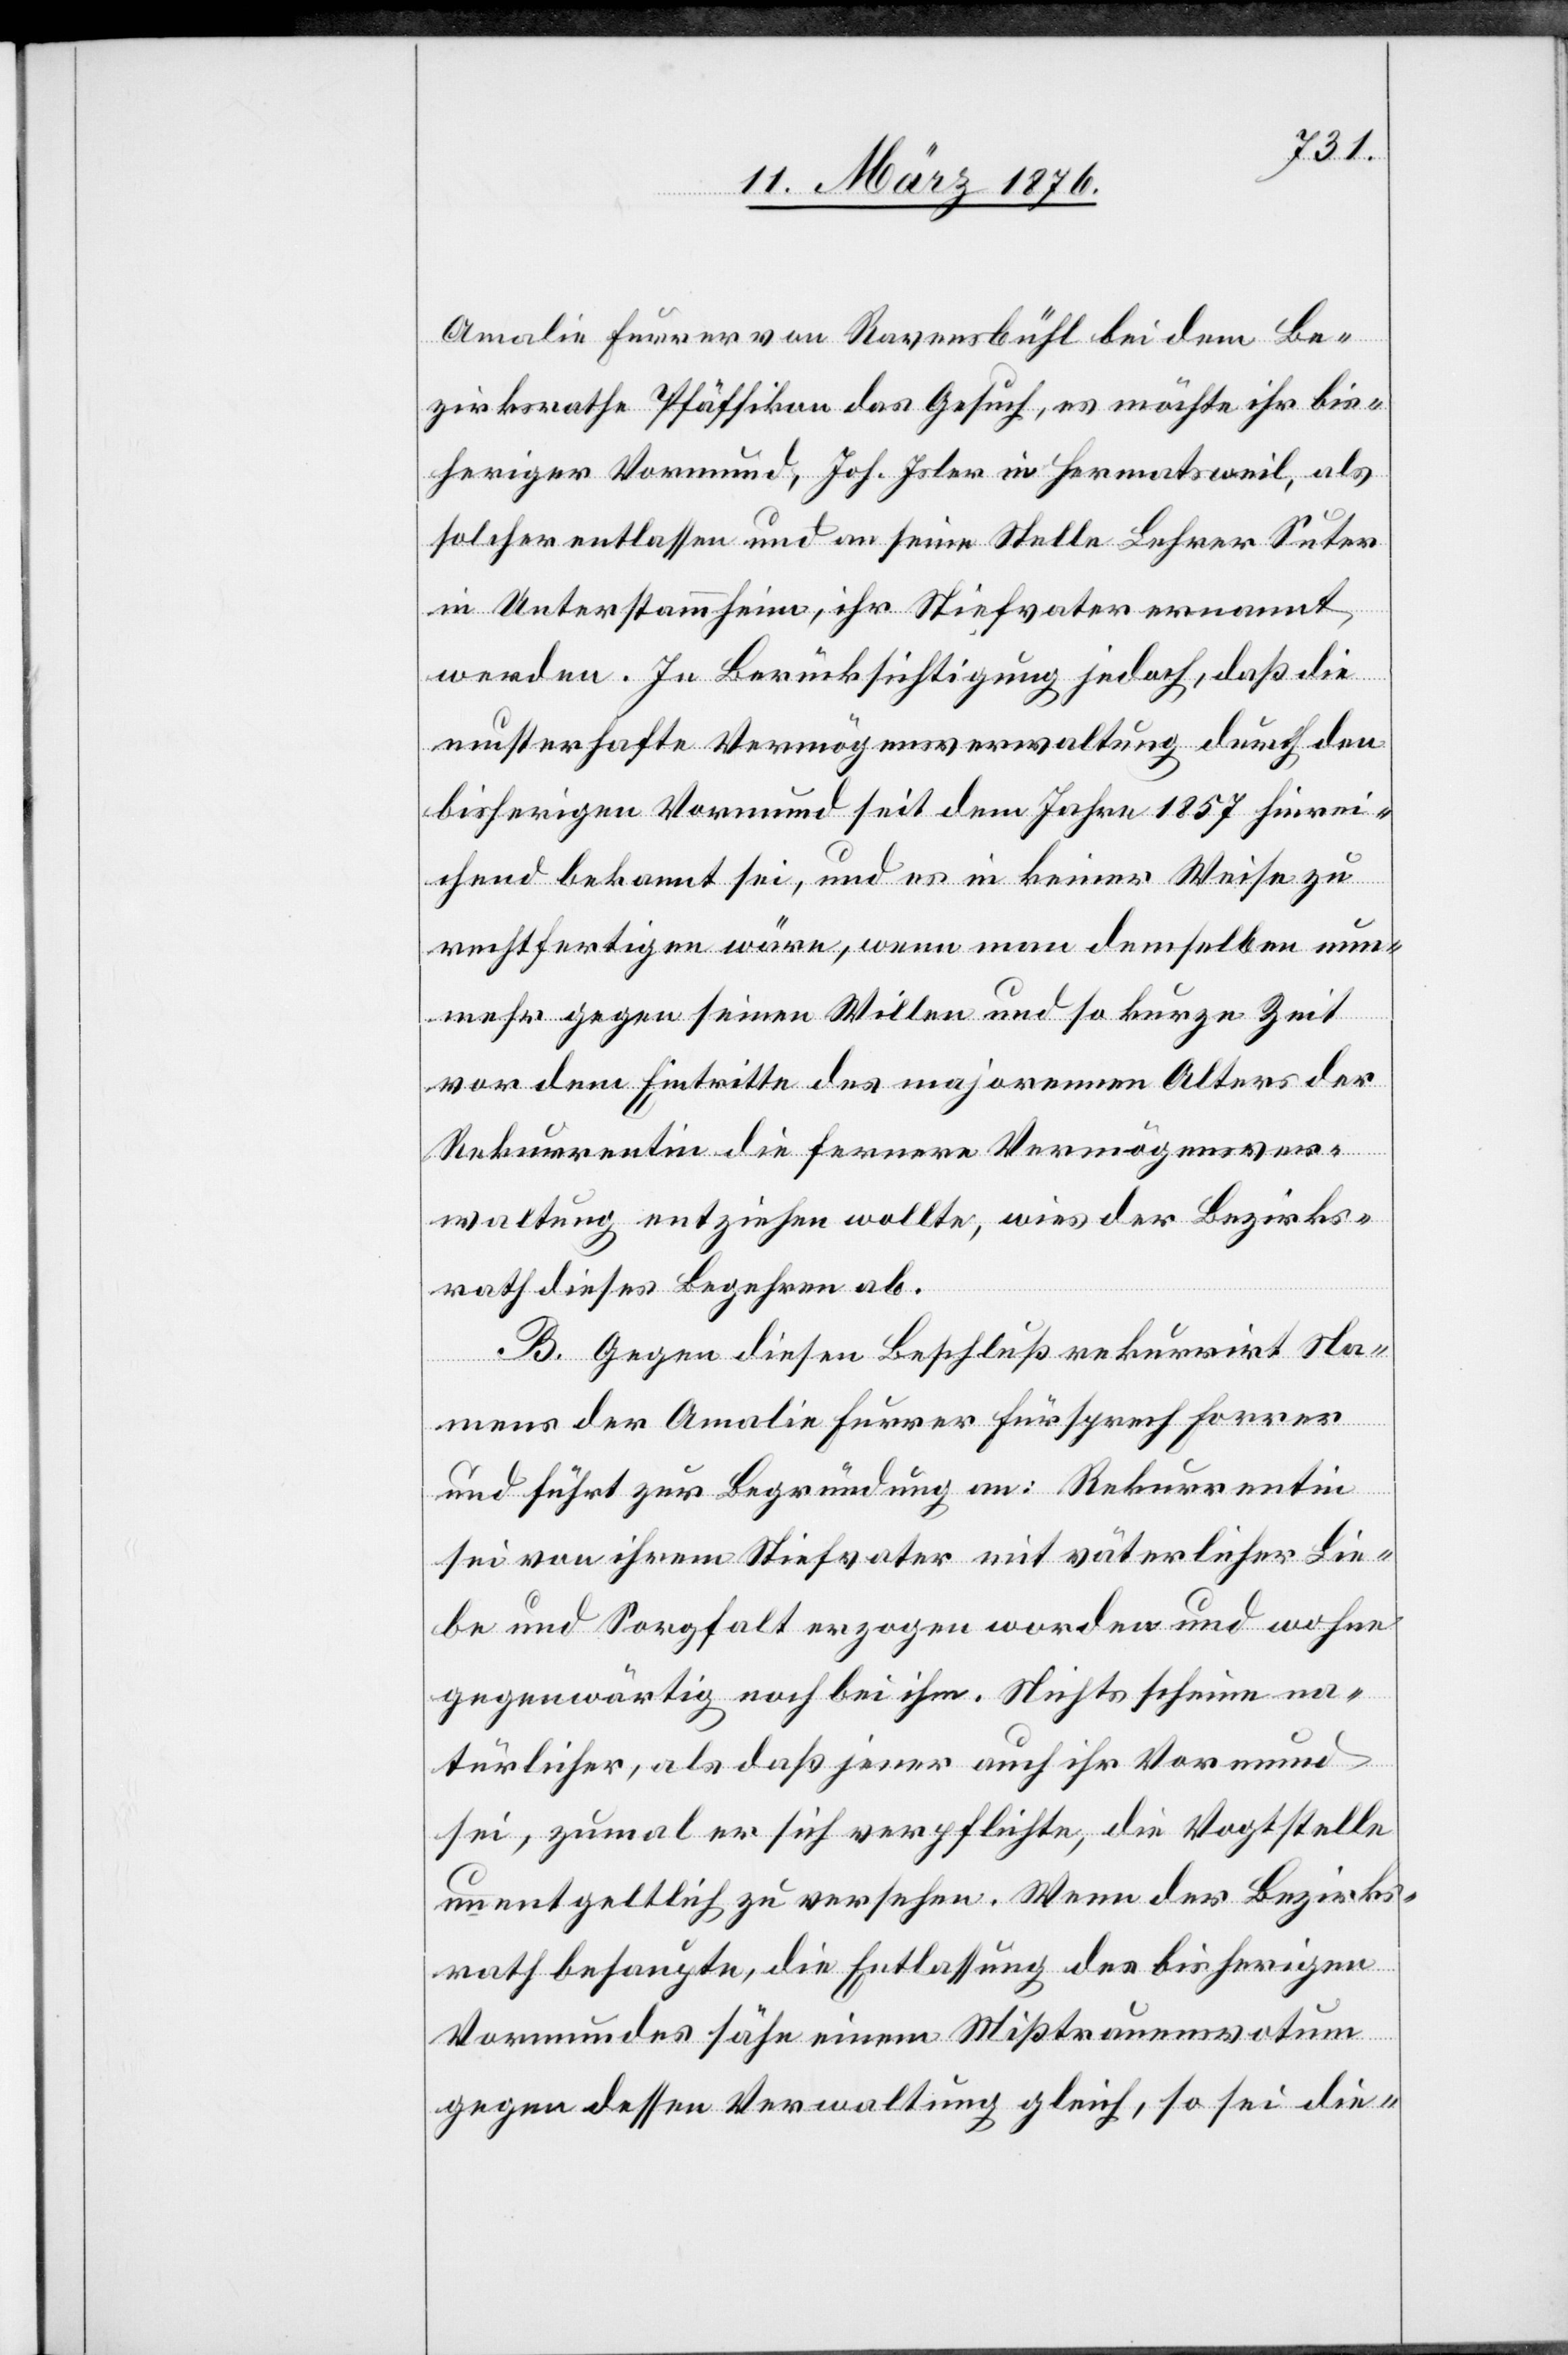
Amalie Furrer von Ravensbühl bei dem Be¬
zirksrathe Pfäffikon das Gesuch, es möchte ihr bis¬
heriger Vormund, Joh. Isler in Hermatsweil, als
solcher entlassen und an seine Stelle Lehrer Suter
in Unterstammheim, ihr Stiefvater ernannt
werden. In Berücksichtigung jedoch, daß die
musterhafte Vermögensverwaltung durch den
bisherigen Vormund seit dem Jahre 1857 hinrei¬
chend bekannt sei, und es in keiner Weise zu
rechtfertigen wäre, wenn man demselben nun¬
mehr gegen seinen Willen und so kurze Zeit
vor dem Eintritte des majorennen Alters der
Rekurrentin die fernere Vermögensver¬
waltung entziehen wollte, wies der Bezirks¬
rath dieses Begehren ab.
B. Gegen diesen Beschluß rekurrirt Na¬
mens der Amalie Furrer Fürsprech Forrer
und führt zur Begründung an: Rekurrentin
sei von ihrem Stiefvater mit väterlicher Lie¬
be und Sorgfalt erzogen worden und wohne
gegenwärtig noch bei ihm. Nichts scheine na¬
türlicher, als daß jener auch ihr Vormund
sei, zumal er sich verpflichte, die Vogtstelle
unentgeltlich zu versehen. Wenn der Bezirks¬
rath behaupte, die Entlassung des bisherigen
Vormundes sähe einem Mißtrauensvotum
gegen dessen Verwaltung gleich, so sei die-